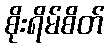
စိုးရိမ်စိတ်